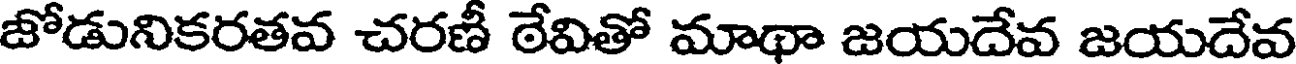
జోడునికరతవ చరణీ ఠేవితో మాథా జయదేవ జయదేవ